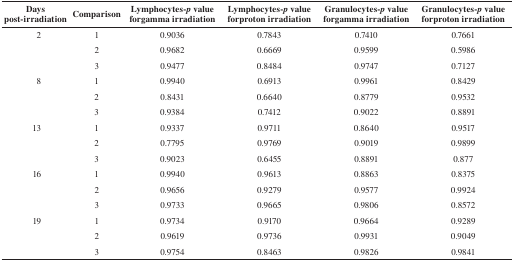
<table><thead><tr><td><b>Days post-irradiation</b></td><td><b>Comparison</b></td><td><b>Lymphocytes-<i>p</i> value forgamma irradiation</b></td><td><b>Lymphocytes-<i>p</i> value forproton irradiation</b></td><td><b>Granulocytes-<i>p</i> value forgamma irradiation</b></td><td><b>Granulocytes-<i>p</i> value forproton irradiation</b></td></tr></thead><tbody><tr><td>2</td><td>1</td><td>0.9036</td><td>0.7843</td><td>0.7410</td><td>0.7661</td></tr><tr><td></td><td>2</td><td>0.9682</td><td>0.6669</td><td>0.9599</td><td>0.5986</td></tr><tr><td></td><td>3</td><td>0.9477</td><td>0.8484</td><td>0.9747</td><td>0.7127</td></tr><tr><td>8</td><td>1</td><td>0.9940</td><td>0.6913</td><td>0.9961</td><td>0.8429</td></tr><tr><td></td><td>2</td><td>0.8431</td><td>0.6640</td><td>0.8779</td><td>0.9532</td></tr><tr><td></td><td>3</td><td>0.9384</td><td>0.7412</td><td>0.9022</td><td>0.8891</td></tr><tr><td>13</td><td>1</td><td>0.9337</td><td>0.9711</td><td>0.8640</td><td>0.9517</td></tr><tr><td></td><td>2</td><td>0.7795</td><td>0.9769</td><td>0.9019</td><td>0.9899</td></tr><tr><td></td><td>3</td><td>0.9023</td><td>0.6455</td><td>0.8891</td><td>0.877</td></tr><tr><td>16</td><td>1</td><td>0.9940</td><td>0.9613</td><td>0.8863</td><td>0.8375</td></tr><tr><td></td><td>2</td><td>0.9656</td><td>0.9279</td><td>0.9577</td><td>0.9924</td></tr><tr><td></td><td>3</td><td>0.9733</td><td>0.9665</td><td>0.9806</td><td>0.8572</td></tr><tr><td>19</td><td>1</td><td>0.9734</td><td>0.9170</td><td>0.9664</td><td>0.9289</td></tr><tr><td></td><td>2</td><td>0.9619</td><td>0.9736</td><td>0.9931</td><td>0.9049</td></tr><tr><td></td><td>3</td><td>0.9754</td><td>0.8463</td><td>0.9826</td><td>0.9841</td></tr></tbody></table>